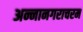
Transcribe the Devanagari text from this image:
अन्नानगराचरम